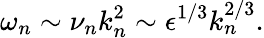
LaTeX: \omega_{n}\sim\nu_{n}k_{n}^{2}\sim\epsilon^{1/3}k_{n}^{2/3}.